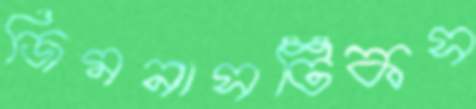
জিমনাসটিকস